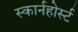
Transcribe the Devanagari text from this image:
स्कार्नहोर्स्ट